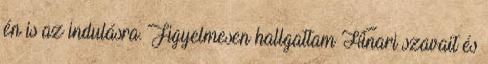
én is az indulásra. Figyelmesen hallgattam Hinari szavait és